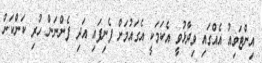
އިންޓަވިއު އެއްގައި ވިދާޅުވީ އެކަމަކީ އެގައުމަށް ފެނިފައި އަދި ފެންނަން ހުރި ކަންކަން